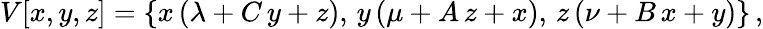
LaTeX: V[x,y,z]=\{ x\, (\lambda+C\, y+z),\, y\, (\mu+A\, z+x),\, z\, (\nu+B\, x+y)\} \, ,